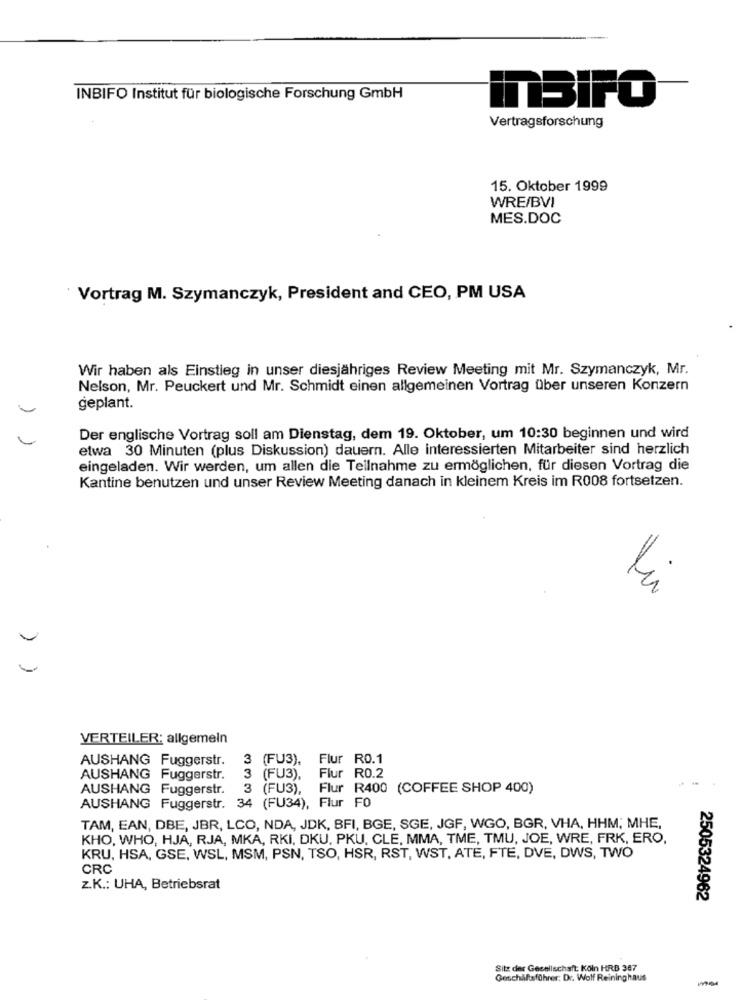
INBIFO Institut für biologische Forschung GmbH
inSIFO
Vertragsforschung
15. Oktober 1999
WRE/BVI
MES.DOC
Vortrag M. Szymanczyk, President and CEO, PM USA
Wir haben als Einstieg in unser diesjähriges Review Meeting mit Mr. Szymanczyk, Mr.
Nelson, Mr. Peuckert und Mr. Schmidt einen allgemeinen Vortrag über unseren Konzern
geplant.
Der englische Vortrag soll am Dienstag, dem 19. Oktober, um 10:30 beginnen und wird
etwa 30 Minuten (plus Diskussion) dauern. Alle interessierten Mitarbeiter sind herzlich
eingeladen. Wir werden, um allen die Teilnahme zu ermöglichen, für diesen Vortrag die
Kantine benutzen und unser Review Meeting danach in kleinem Kreis im R008 fortsetzen.
VERTEILER: allgemein
AUSHANG Fuggerstr.
3 (FU3), Flur RO.1
AUSHANG Fuggerstr.
3 (FU3), Flur R0.2
AUSHANG Fuggerstr.
3 (FU3), Flur R400 (COFFEE SHOP 400)
AUSHANG Fuggerstr. 34 (FU34), Flur FO
TAM, EAN, DBE, JBR, LCO, NDA, JDK, BFI, BGE, SGE, JGF, WGO, BGR, VHA, HHM; MHE,
KHO, WHO, HJA, RJA, MKA, RKI, DKU, PKU, CLE, MMA, TME, TMU, JOE, WRE, FRK, ERO,
KRU, HSA, GSE, WSL, MSM, PSN, TSO, HSR, RST, WST, ATE, FTE, DVE, DWS, TWO
CRC
z.K .: UHA, Betriebsrat
2505324962
Sitz der Gesellschaft: Koln HRB 387
Geschäftsführer: Dr. Wolf Reininghaus